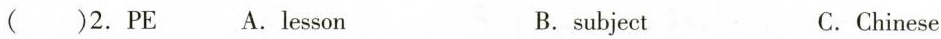
( )2.PE A.lesson B.subject C.Chinese